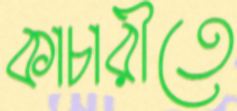
কাচারীতে